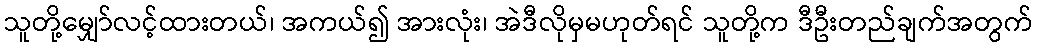
သူတို့မျှော်လင့်ထားတယ်၊ အကယ်၍ အားလုံး၊ အဲဒီလိုမှမဟုတ်ရင် သူတို့က ဒီဦးတည်ချက်အတွက်